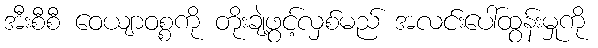
အီးစီစီ ဝေယျာဝစ္စကို တိုးချဲ့ဖွင့်လှစ်မည် အလင်းပေါ်ထွန်းမှုကို